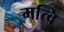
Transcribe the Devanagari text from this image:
मत्वि